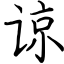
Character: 谅